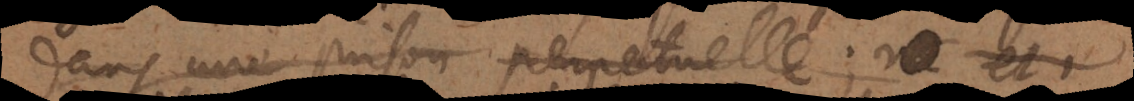
dans une prison perpetuelle; et est